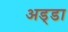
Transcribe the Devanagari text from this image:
अड्‍डा